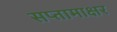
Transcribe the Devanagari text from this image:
सप्तामाक्षर